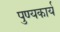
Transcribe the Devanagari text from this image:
पुण्यकार्य